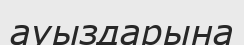
ауыздарына